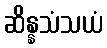
ဆိန္နသံသယံ